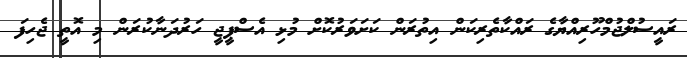
ރައީސުލްޖުމްހޫރިއްޔާގެ ރައްކާތެރިކަން އިތުރަން ކަށަވަރުކޮށް މުޅި އެސްޕީޖީ ހަރުދަނާކުރަން މި އޮތީ ޖެހިފަ